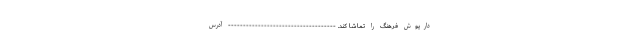
داریوش فرهنگ را تماشا کند. ------------------------------------ آدرس